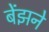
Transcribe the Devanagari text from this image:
बेंझने